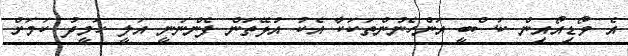
އެ ވޯޑިއޯއިން ކަސްބީ އަންހެނުންތަކަކާ އެކު އުޅޭތަން ފެންނަނީ އަލީ ހަމީދު ކަމަށް